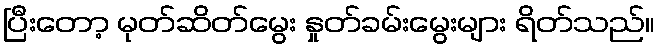
ပြီးတော့ မုတ်ဆိတ်မွေး နှုတ်ခမ်းမွေးများ ရိတ်သည်။